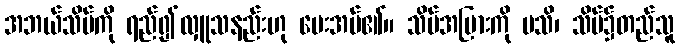
အဘယ်သိမ်ကို ရည်၍လှူသနည်းဟု မေးအပ်၏။ သိမ်အပြားကို မသိ၊ သိမ်၌တည်သူ